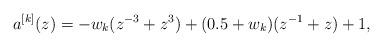
LaTeX: \begin{align*}a^{[k]}(z)=-w_k(z^{-3}+z^3)+(0.5+w_k)(z^{-1}+z)+1,\end{align*}